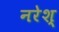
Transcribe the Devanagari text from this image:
नरेश्